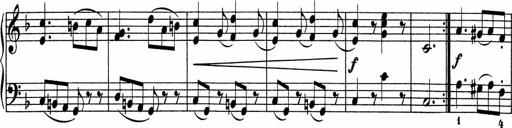
Title: 5 Sonatinen fÃ¼r die Jugend
Composer: Carl Reinecke